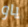
ياو